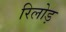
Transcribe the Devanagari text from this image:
रिलोड़